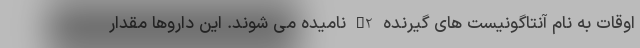
اوقات به نام آنتاگونیست های گیرنده H2 نامیده می شوند. این داروها مقدار